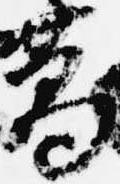
葛